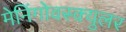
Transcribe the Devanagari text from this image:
मेनिंगोवस्क्युलर